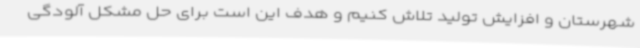
شهرستان و افزایش تولید تلاش کنیم و هدف این است برای حل مشکل آلودگی